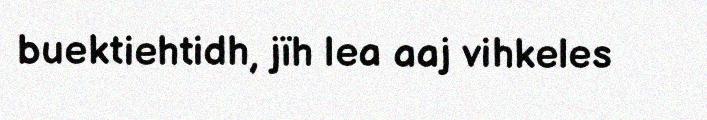
buektiehtidh, jïh lea aaj vihkeles